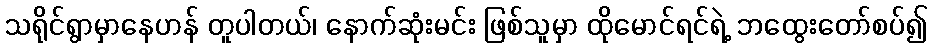
သရိုင်ရွာမှာနေဟန် တူပါတယ်၊ နောက်ဆုံးမင်း ဖြစ်သူမှာ ထိုမောင်ရင်ရဲ့ ဘထွေးတော်စပ်၍